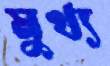
মুখ্য